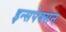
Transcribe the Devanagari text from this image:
इन्सपेक्सन